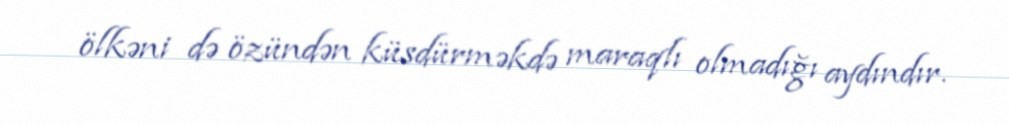
ölkəni də özündən küsdürməkdə maraqlı olmadığı aydındır.